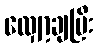
လျှော့ချပြီး